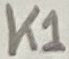
Text: K1